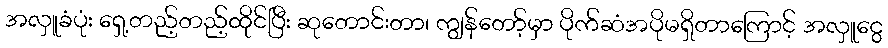
အလှူခံပုံး ရှေ့တည့်တည့်ထိုင်ပြီး ဆုတောင်းတာ၊ ကျွန်တော့်မှာ ပိုက်ဆံအပိုမရှိတာကြောင့် အလှူငွေ